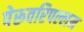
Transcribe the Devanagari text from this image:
पेरूवरिपल्लम